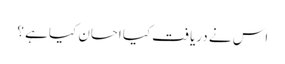
اس نے دریافت کیا احسان کیا ہے ؟